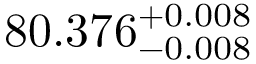
8 0 . 3 7 6 _ { - 0 . 0 0 8 } ^ { + 0 . 0 0 8 }